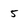
Character: 5